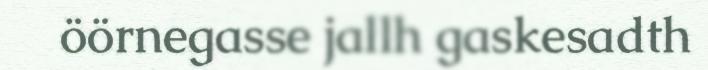
öörnegasse jallh gaskesadth